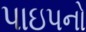
પાઇપનો